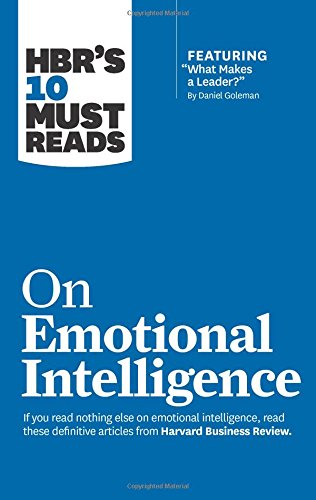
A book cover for HBR's 10 Must Reads on Emotional Intelligence (with featured article "What Makes a Leader?" by Daniel Goleman)(HBR's 10 Must Reads); Harvard Business Review; Health, Fitness & Dieting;